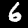
Label: 6